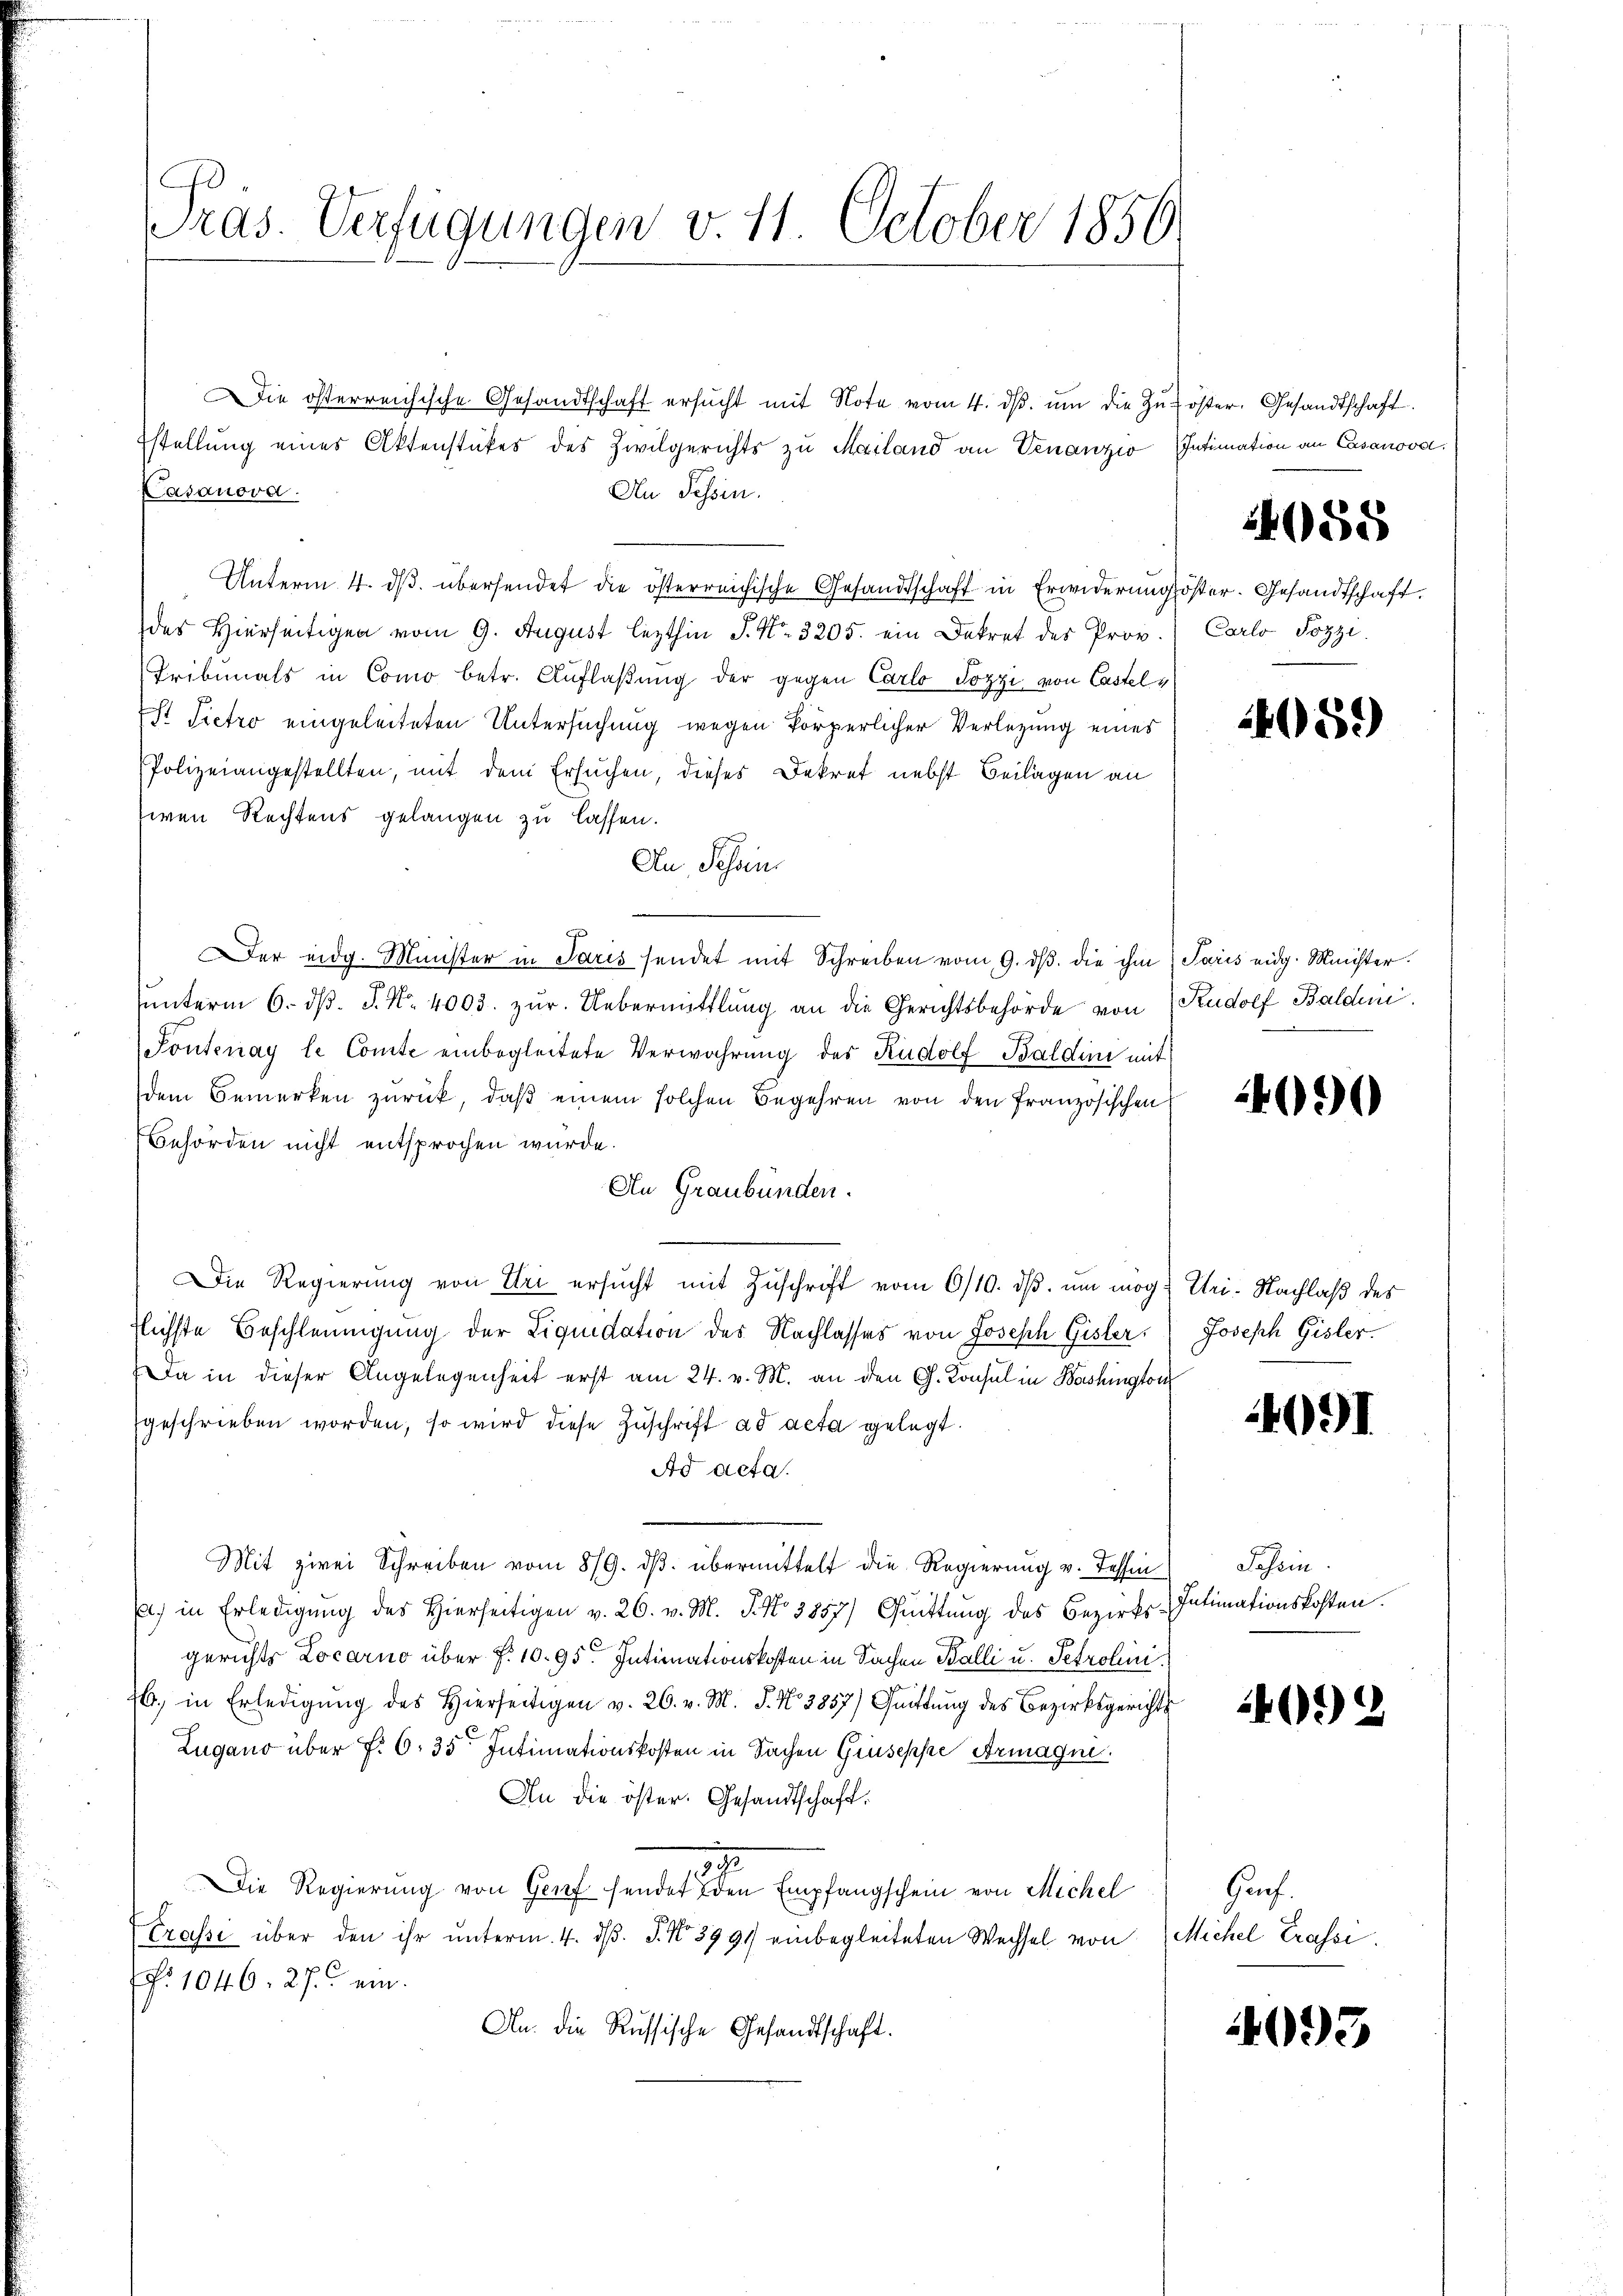
Präs. Verfügungen v. 11. October 1856

Die österreichische Gesandtschaft ersŭcht mit Note vom 4. dβ. ŭm die Zŭ-öster. Gesandtschaft
stellung eines Aktenstückes des Zivilgerichts zu Mailand an Venanzio Intimation an Casanova
Lasanova
An Pessen.
Unterm 4. dβ übersendet die österreichische Gesandtschaft in Erwiderungöster. Gesandtschaft.
des Hierseitigen vom 9. August lezthin P. Nr. 3205. ein Dekret des Prov
Tribunals in Como betr. Auflaßung der gegen Carlo Pozzi von Castel¬
Est Sietro eingeleiteten Untersuchung wegen körperlicher Verlegung eines
Polizeiangestellten, mit dem Ersuchen, dieses Dekret nebst Beilagen an
zwen Rechtens gelangen zu lassen.
An, Schein
Der eidg. Minister in Paris sendet mit Schreiben vom 9. ds. die ihm
ŭnterm 6. dβ. P. Nr. 4003. zŭr Uebermittlung an die Gerichtsbehörde von Rudolf Baldei
Toutenay le Comte einbegleitete Verwahrung des Rudolf Baldini mit
dem Bemerken zurück, daβ einem solchen Begehren von den französischen
Behörden nicht entsprochen würde.
An Graubünden.
Die Regierung von Uri ersŭcht mit Zŭschrift vom 6/10. dβ. um mög- Uri. Nachlaß des
flichste Beschleunigung der Liquidation des Nachlasses von Joseph Gisler,
Da in dieser Angelegenheit erst am 24. v. M. an den Ch. Konsul in Bashington
geschrieben worden, so wird diese Zuschrift ad acta gelegt.
Ad acta.
Mit zwei Schreiben vom 8/9. dβ übermittelt die Regierung v. Tessin
E) in Erledigung des Hierseitigen v. 26. v. M. J. No 3857) Quittung des Bezirks-Intimationskosten.
gerichts Locarno über §. 1095. Intimationskosten in Sachen Balli u. Petrolinib, in Erledigung des Hierseitigen v. 26. v. M. P. No 3857) Quittung des Bezirksgerichts
Zugano über §. 6. 35. Intimationskosten in Sachen Gruseppe Armagni
An die öster. Gesandtschaft.
7
Die Regierung von Genf sendet den Empfangschein von Michel
Crasse über den ihr ŭnterm 4. dβ. J. No 3991 einbegleiteten Wechsel von Michel Trassi
. 1046. 27. ein.
An die Russische Gesandtschaft.

4088

Carlo Pozzi.

459)

Paris eidg. Minister.

4090

Joseph Gisler.

409I

Dasein.

4092

Grf.

4093